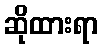
ဆိုထားရာ